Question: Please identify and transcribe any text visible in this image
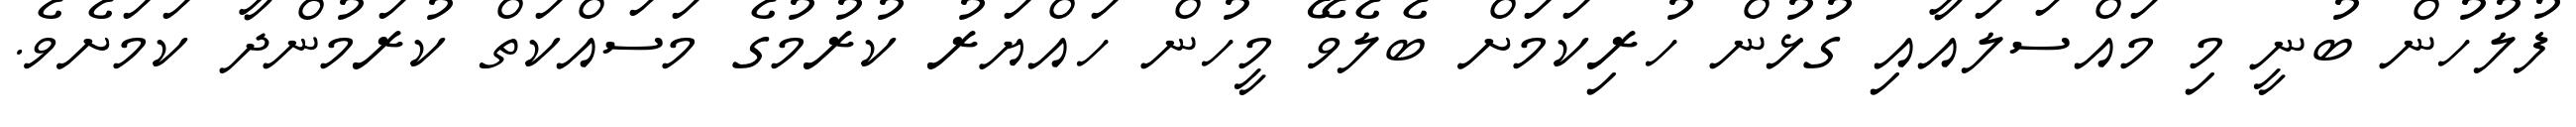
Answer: ފުލުހުން ބުނީ މި މައްސަލައާއި ގުޅުން ހުރިކަމަށް ބެލެވޭ މީހުން ހައްޔަރު ކުރުމުގެ މަސައްކަތް ކުރަމުންދާ ކަމަށެވެ.